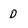
Character: D